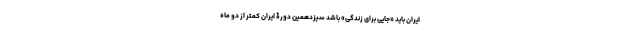
ایران باید «جایی برای زندگی» باشد سیزدهمین دورۀ ایران کمتر از دو ماه